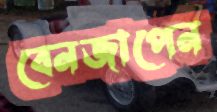
বেনজাপেন